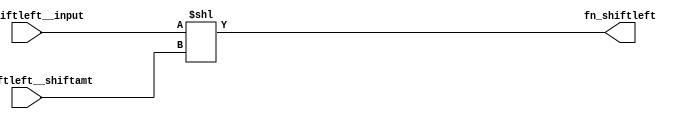
module module_fn_shiftleft(fn_shiftleft__input,
			   fn_shiftleft__shiftamt,
			   fn_shiftleft);
  // value method fn_shiftleft
  input  [127 : 0] fn_shiftleft__input;
  input  [5 : 0] fn_shiftleft__shiftamt;
  output [127 : 0] fn_shiftleft;

  // signals for module outputs
  wire [127 : 0] fn_shiftleft;

  // value method fn_shiftleft
  assign fn_shiftleft = fn_shiftleft__input << fn_shiftleft__shiftamt ;
endmodule